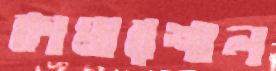
কামারশাল